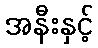
အနီးနှင့်